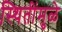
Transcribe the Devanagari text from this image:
स्थितींमुळे